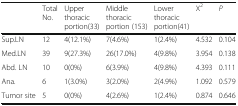
<table><thead><tr><td></td><td><b>Total No.</b></td><td><b>Upper thoracic portion(33)</b></td><td><b>Middle thoracic portion (153)</b></td><td><b>Lower thoracic portion(41)</b></td><td><b>Χ<sup>2</sup></b></td><td><b><i>P</i></b></td></tr></thead><tbody><tr><td>Sup.LN</td><td>12</td><td>4(12.1%)</td><td>7(4.6%)</td><td>1(2.4%)</td><td>4.532</td><td>0.104</td></tr><tr><td>Med.LN</td><td>39</td><td>9(27.3%)</td><td>26(17.0%)</td><td>4(9.8%)</td><td>3.954</td><td>0.138</td></tr><tr><td>Abd. LN</td><td>10</td><td>0(0%)</td><td>6(3.9%)</td><td>4(9.8%)</td><td>4.393</td><td>0.111</td></tr><tr><td>Ana.</td><td>6</td><td>1(3.0%)</td><td>3(2.0%)</td><td>2(4.9%)</td><td>1.092</td><td>0.579</td></tr><tr><td>Tumor site</td><td>5</td><td>0(0%)</td><td>4(2.6%)</td><td>1(2.4%)</td><td>0.874</td><td>0.646</td></tr></tbody></table>